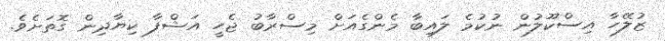
ޒުލޭހާ އިސްކޫލުން ނުކުމެ ލައިބާ މެންގެއަށް މިސްރާބު ޖެހީ އަޝްފާ ކިޔާދިން ގޮތަށެވެ.